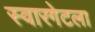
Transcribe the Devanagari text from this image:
स्वारगेटला